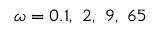
\omega = 0 . 1 , ~ 2 , ~ 9 , ~ 6 5